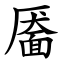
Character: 靥